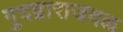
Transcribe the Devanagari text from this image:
गुदद्वाराजवळ